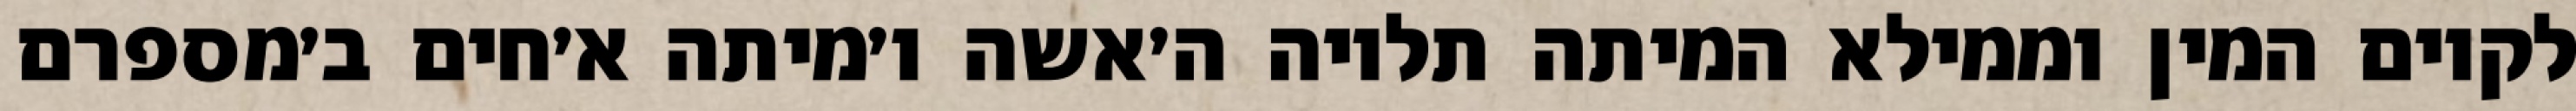
לקיום המין וממילא המיתה תלויה ה׳אשה ו׳מיתה א׳חים ב׳מספרם